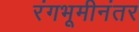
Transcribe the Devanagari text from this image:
रंगभूमीनंतर